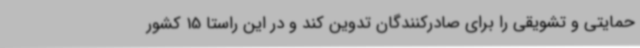
حمایتی و تشویقی را برای صادرکنندگان تدوین کند و در این راستا 15 کشور